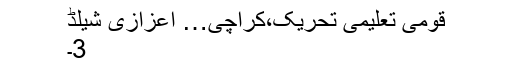
قومی تعلیمی تحریک،کراچی… اعزازی شیلڈ
3۔